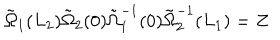
\tilde { \Omega } _ { 1 } ( L _ { 2 } ) \tilde { \Omega } _ { 2 } ( 0 ) \tilde { \Omega } _ { 1 } ^ { - 1 } ( 0 ) \tilde { \Omega } _ { 2 } ^ { - 1 } ( L _ { 1 } ) = Z